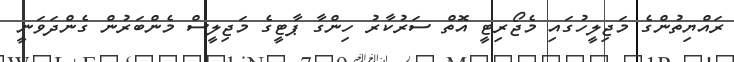
ރައްޔިތުންގެ މަޖިލީހުގައި މެޖޯރިޓީ އޮތް ސަރުކާރު ހިންގާ ޕާޓީގެ މަޖިލީސް މެންބަރުން ގެންދަވަނީ